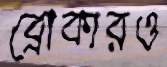
ব্রোকারও